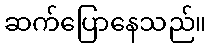
ဆက်ပြောနေသည်။